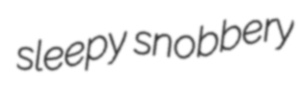
sleepy snobbery